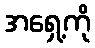
အရှေ့ကို